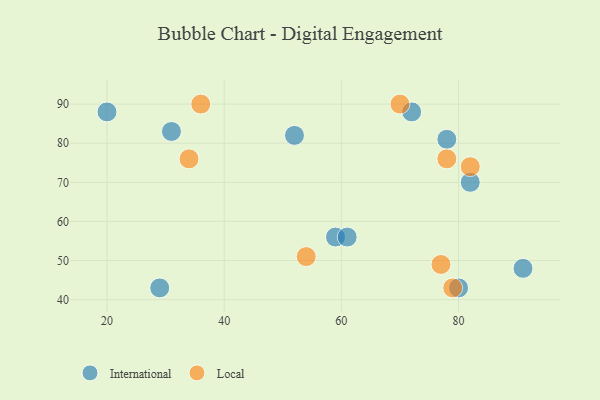
{"axis": {"x": "GDP", "y": "Life Expectancy"}, "legend": ["International", "Local"], "data": [{"x": "91", "y": 48, "type": "International"}, {"x": "20", "y": 88, "type": "International"}, {"x": "52", "y": 82, "type": "International"}, {"x": "29", "y": 43, "type": "International"}, {"x": "59", "y": 56, "type": "International"}, {"x": "61", "y": 56, "type": "International"}, {"x": "80", "y": 43, "type": "International"}, {"x": "72", "y": 88, "type": "International"}, {"x": "82", "y": 70, "type": "International"}, {"x": "31", "y": 83, "type": "International"}, {"x": "78", "y": 81, "type": "International"}, {"x": "34", "y": 76, "type": "Local"}, {"x": "54", "y": 51, "type": "Local"}, {"x": "70", "y": 90, "type": "Local"}, {"x": "79", "y": 43, "type": "Local"}, {"x": "36", "y": 90, "type": "Local"}, {"x": "82", "y": 74, "type": "Local"}, {"x": "77", "y": 49, "type": "Local"}, {"x": "78", "y": 76, "type": "Local"}]}